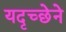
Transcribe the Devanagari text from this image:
यदृच्छेने